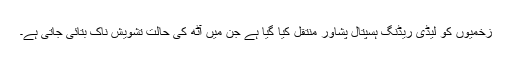
زخمیوں کو لیڈی ریڈنگ ہسپتال پشاور منتقل کیا گیا ہے جن میں آٹھ کی حالت تشویش ناک بتائی جاتی ہے۔